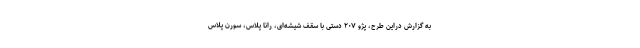
به گزارش دراین طرح، پژو ۲۰۷ دستی با سقف شیشه‌ای، رانا پلاس، سورن پلاس